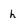
Character: h